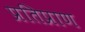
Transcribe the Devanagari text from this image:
प्रतिप्राण